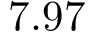
7 . 9 7